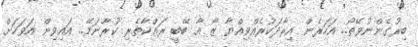
ބިރުގެންނުވޭތޯ.. އަހަރެން އިރާދަކުރެއްވިއްޔާ ޒޯ އާ ބޭބީ ރައްކާތެރި ކުރާނަމޭ.. އައިވިން އަވަހަށް